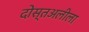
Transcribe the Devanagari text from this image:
दोस्तअलीला